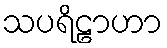
သပရိဠာဟာ